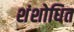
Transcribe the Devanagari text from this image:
शंशोधित